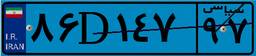
۸۶D۱۴۷۹۷